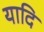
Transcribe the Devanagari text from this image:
यादि